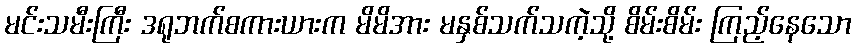
မင်းသမီးကြီး ဒရုဘက်စကားယားက မိမိအား မနှစ်သက်သကဲ့သို့ စိမ်းစိမ်း ကြည့်နေသော